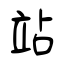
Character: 站